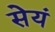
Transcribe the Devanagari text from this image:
सेयं